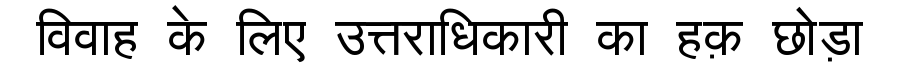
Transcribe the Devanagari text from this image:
विवाह के लिए उत्तराधिकारी का हक़ छोड़ा